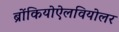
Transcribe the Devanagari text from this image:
ब्रोंकियोऐलवियोलर